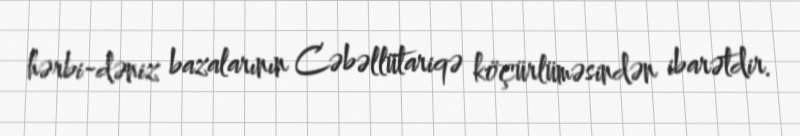
hərbi-dəniz bazalarının Cəbəllütariqə köçürlüməsindən ibarətdir.